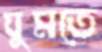
ঘুমতে